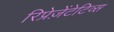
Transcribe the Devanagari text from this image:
रिप्रेज़ेंटेटिव्स